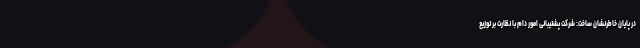
در پایان خاطرنشان ساخت: شرکت پشتیبانی امور دام با نظارت بر توزیع